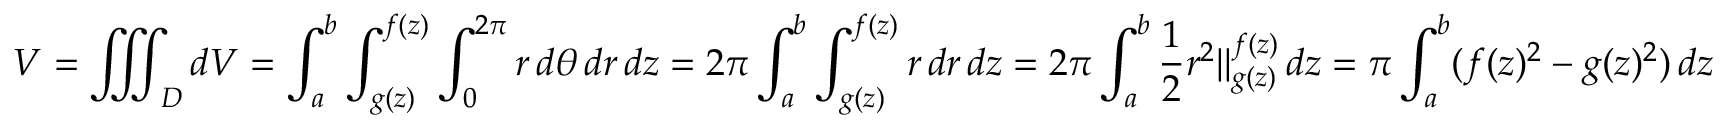
V = \iiint _ { D } d V = \int _ { a } ^ { b } \int _ { g ( z ) } ^ { f ( z ) } \int _ { 0 } ^ { 2 \pi } r \, d \theta \, d r \, d z = 2 \pi \int _ { a } ^ { b } \int _ { g ( z ) } ^ { f ( z ) } r \, d r \, d z = 2 \pi \int _ { a } ^ { b } { \frac { 1 } { 2 } } r ^ { 2 } \Vert _ { g ( z ) } ^ { f ( z ) } \, d z = \pi \int _ { a } ^ { b } ( f ( z ) ^ { 2 } - g ( z ) ^ { 2 } ) \, d z